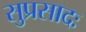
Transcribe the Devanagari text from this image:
सुप्रसादः